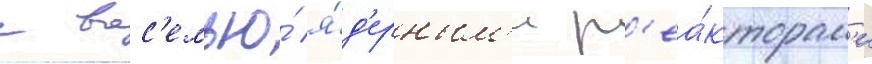
с вос'емью́ я́д'ерным'и р'еа́кторам'и